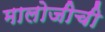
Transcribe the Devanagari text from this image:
मालोजीची